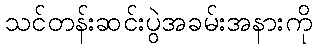
သင်တန်းဆင်းပွဲအခမ်းအနားကို